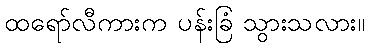
ထရော်လီကားက ပန်းခြံ သွားသလား။